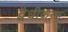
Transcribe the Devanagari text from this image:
द्वैधीकरण